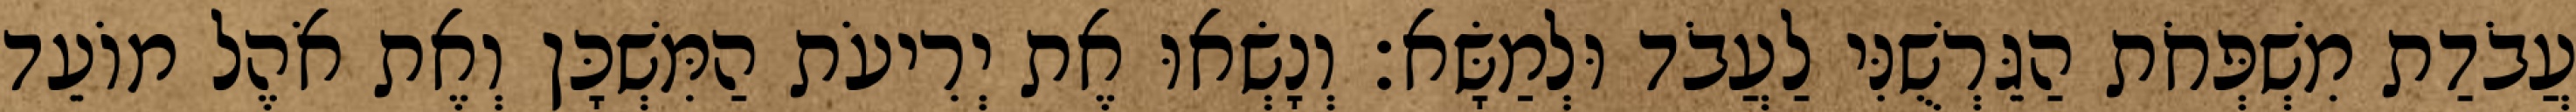
עֲבֹדַת מִשְׁפְּחֹת הַגֵּרְשֻׁנִּי לַעֲבֹד וּלְמַשָּׂא׃ וְנָשְׂאוּ אֶת יְרִיעֹת הַמִּשְׁכָּן וְאֶת אֹהֶל מוֹעֵד